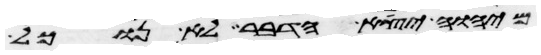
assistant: מיהוה יצא הדבר לא נוכל